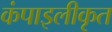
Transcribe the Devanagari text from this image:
कंपाइलीकृत